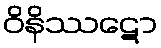
ဝိနိဿဋော